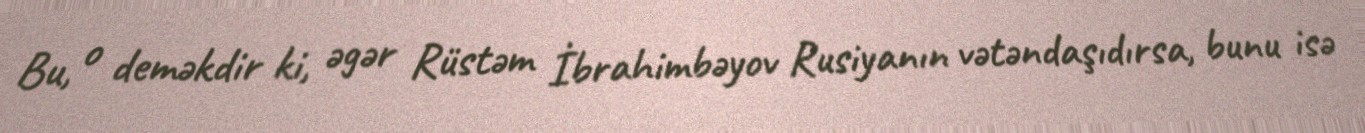
Bu, o deməkdir ki, əgər Rüstəm İbrahimbəyov Rusiyanın vətəndaşıdırsa, bunu isə